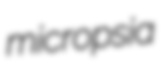
micropsia